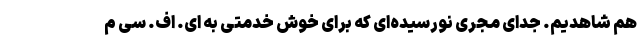
هم شاهدیم. جدای مجری نورسیده‌ای که برای خوش خدمتی به ای. اف. سی م